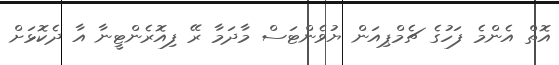
އޮތް އެންމެ ފަހުގެ ޗެމްޕިއަން ޔުވެންޓަސް މާދަމާ ރޭ ފިއޮރެންޓީނާ އާ ދެކޮޅަށް